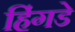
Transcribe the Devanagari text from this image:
हिंगडे